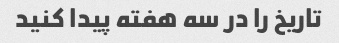
تاریخ را در سه هفته پیدا کنید